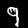
Label: 9